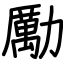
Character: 勵